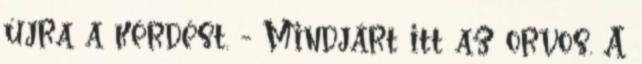
újra a kérdést. - Mindjárt itt az orvos. A